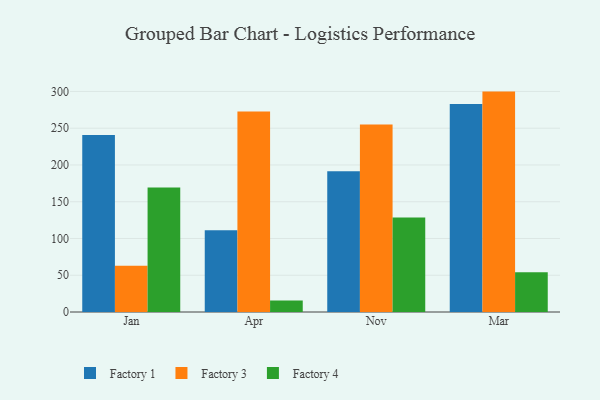
{"axis": {"x": "Month", "y": "Population (Million)"}, "legend": ["Factory 1", "Factory 3", "Factory 4"], "data": [{"x": "Jan", "y": 240.9, "type": "Factory 1"}, {"x": "Jan", "y": 62.9, "type": "Factory 3"}, {"x": "Jan", "y": 169.2, "type": "Factory 4"}, {"x": "Apr", "y": 111.3, "type": "Factory 1"}, {"x": "Apr", "y": 272.8, "type": "Factory 3"}, {"x": "Apr", "y": 15.6, "type": "Factory 4"}, {"x": "Nov", "y": 191.4, "type": "Factory 1"}, {"x": "Nov", "y": 254.9, "type": "Factory 3"}, {"x": "Nov", "y": 128.7, "type": "Factory 4"}, {"x": "Mar", "y": 283.0, "type": "Factory 1"}, {"x": "Mar", "y": 299.8, "type": "Factory 3"}, {"x": "Mar", "y": 54.2, "type": "Factory 4"}]}